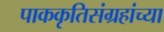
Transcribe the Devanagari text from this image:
पाककृतिसंग्रहांच्या